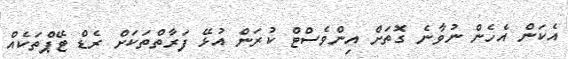
އެކަން އެހެން ނުވާނެ ގޮތަށް އިންވެސްޓް ކުރަން އުޅޭ ފަރާތްތަކަށް ރެޑް ޓޭޕްތަކެއް